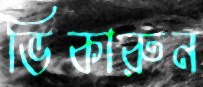
ভিকারুন